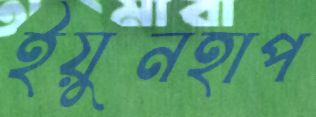
ইয়ুনহাপ